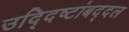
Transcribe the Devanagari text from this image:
उद्दिष्टांबद्दल